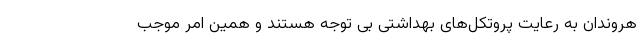
هروندان به رعایت پروتکل‌های بهداشتی بی توجه هستند و همین امر موجب